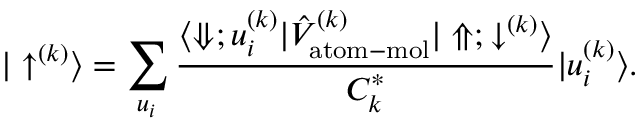
| \uparrow ^ { ( k ) } \rangle = \sum _ { u _ { i } } \frac { \langle \Downarrow ; u _ { i } ^ { ( k ) } | \hat { V } _ { \mathrm { a t o m - m o l } } ^ { ( k ) } | \Uparrow ; \downarrow ^ { ( k ) } \rangle } { C _ { k } ^ { * } } | u _ { i } ^ { ( k ) } \rangle .